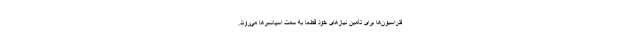
فدراسیون‌ها برای تأمین نیازهای خود قطعا به سمت اسپانسرها می‌روند.